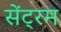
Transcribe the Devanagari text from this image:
सेंट्रम